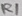
Text: R1